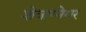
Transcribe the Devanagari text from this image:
शेवाग्नेगर